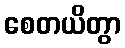
စေတယိတွာ